Report of the Hyderabad Chloroform Commission
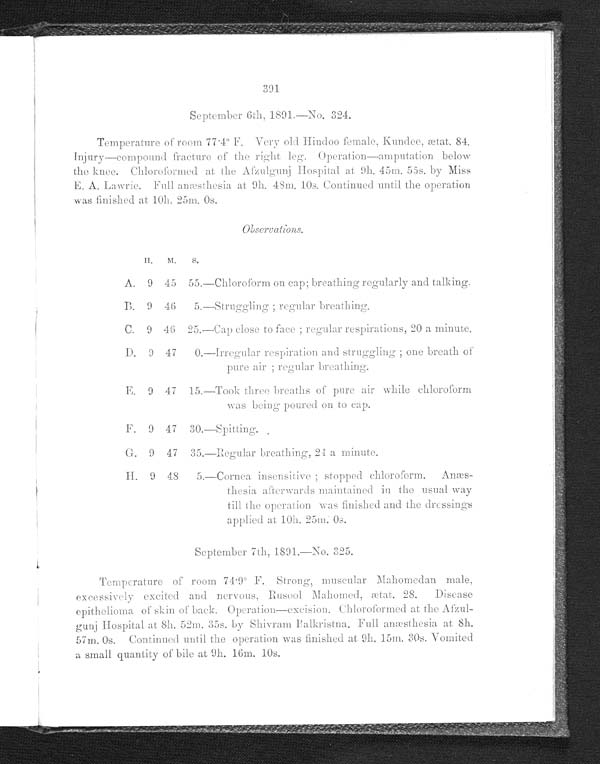
•
391
September 6th, 1891.—No. 324.
Temperature of room 77 .4° F. Very old Hindoo female, Kundee, ætat. 84.
Injury—compound fracture of the right leg. Operation—amputation below
the knee. Chloroformed at the Afzulgunj Hospital at 9h. 45m. 55s. by Miss
E. A. Lawrie. Full anæsthesia at 9h. 48m. 10s. Continued until the operation
was finished at 10h. 25m. Os.
Observations.
H .
M .
S .
A. 9 45 55.—Chloroform on cap; breathing regularly and talking.
B. 9 46 5.—Struggling ; regular breathing.
C. 9 46 25.—Cap close to face ; regular respirations, 20 a minute.
D. 9 47
0.—Irregular respiration and struggling ; one breath of
pure air ; regular breathing,
E. 9 47 15.—Took three breaths of pure air while chloroform
was being poured on to cap.
F. 9 47 30.—Spitting.
G. 9 47 35.—Regular breathing, 24 a minute.
H. 9 48 5.—Cornea insensitive ; stopped chloroform.
A n æ s t h e s i a a f t e r w a r d s m a i n t a i n e d i n t h e u s u a l w a y
till the operation was finished and the dressings
applied at 10h. 25m. 0s.
September 7th, 1891.—No. 325.
Temperature of room 74 . 9° F. Strong, muscular Mahomedan male,
excessively excited and nervous, Rusool Mahomed, ætat. 28. Disease
epithelioma of skin of back. Operation—excision. Chloroformed at the Afzul-
gunj Hospital at 8h. 52m. 35s. by Shivram Balkristna. Full anæsthesia at 8h.
57m. 0s. Continued until the operation was finished at 9h. 15m. 30s. Vomited
a small quantity of bile at 9h. 16m. 10s.